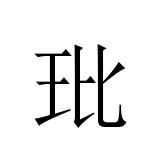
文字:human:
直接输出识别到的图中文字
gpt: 玭